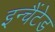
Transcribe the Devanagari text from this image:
इन्चैंटेड